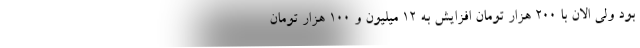
بود ولی الان با 200 هزار تومان افزایش به 12 میلیون و 100 هزار تومان